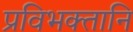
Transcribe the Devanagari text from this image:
प्रविभक्तानि